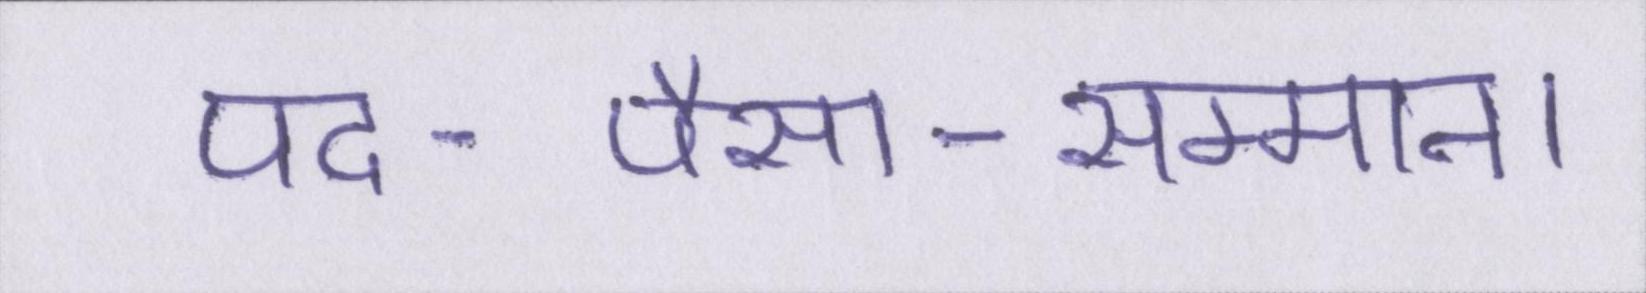
पद-पैसा-सम्मान।